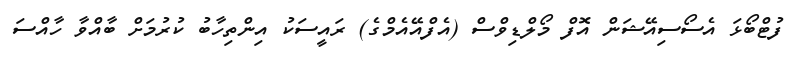
ފުޓްބޯޅަ އެސޯސިއޭޝަން އޮފް މޯލްޑިވްސް (އެފްއޭއެމްގެ) ރައީސަކު އިންތިހާބު ކުރުމަށް ބާއްވާ ހާއްސަ